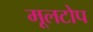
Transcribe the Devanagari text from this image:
मूलटोप